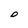
Character: O